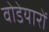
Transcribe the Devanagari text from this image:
वोडेयारों